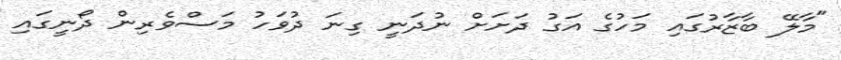
"މާލޭ ބާޒާރުގައި މަހުގެ އަގު ދަށަށް ނުދަނީ ގިނަ ދުވަހު މަސްވެރިން ދޯނީގައި